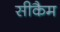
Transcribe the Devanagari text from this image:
सीकैम